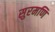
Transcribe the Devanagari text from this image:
सुरमणि